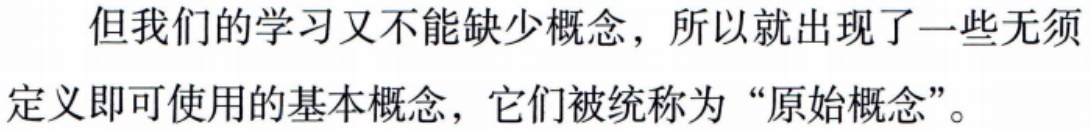
但我们的学习又不能缺少概念，所以就出现了一些无须定义即可使用的基本概念，它们被统称为“原始概念”。